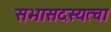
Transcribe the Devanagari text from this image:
सभासदस्यत्वा